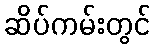
ဆိပ်ကမ်းတွင်